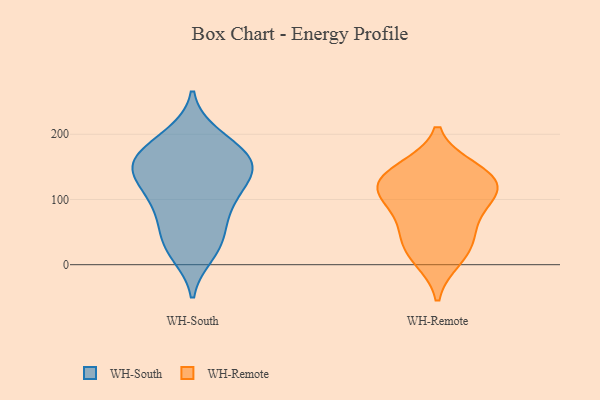
{"axis": {"x": "Website Visitors", "y": "Value"}, "legend": ["WH-Remote", "WH-South"], "data": [{"x": "", "y": 16, "type": "WH-South"}, {"x": "", "y": 44, "type": "WH-South"}, {"x": "", "y": 136, "type": "WH-South"}, {"x": "", "y": 194, "type": "WH-South"}, {"x": "", "y": 160, "type": "WH-South"}, {"x": "", "y": 130, "type": "WH-South"}, {"x": "", "y": 147, "type": "WH-South"}, {"x": "", "y": 156, "type": "WH-South"}, {"x": "", "y": 199, "type": "WH-South"}, {"x": "", "y": 96, "type": "WH-South"}, {"x": "", "y": 116, "type": "WH-South"}, {"x": "", "y": 86, "type": "WH-South"}, {"x": "", "y": 163, "type": "WH-South"}, {"x": "", "y": 36, "type": "WH-South"}, {"x": "", "y": 65, "type": "WH-South"}, {"x": "", "y": 21, "type": "WH-South"}, {"x": "", "y": 153, "type": "WH-South"}, {"x": "", "y": 98, "type": "WH-South"}, {"x": "", "y": 153, "type": "WH-South"}, {"x": "", "y": 181, "type": "WH-South"}, {"x": "", "y": 26, "type": "WH-Remote"}, {"x": "", "y": 132, "type": "WH-Remote"}, {"x": "", "y": 71, "type": "WH-Remote"}, {"x": "", "y": 46, "type": "WH-Remote"}, {"x": "", "y": 10, "type": "WH-Remote"}, {"x": "", "y": 105, "type": "WH-Remote"}, {"x": "", "y": 146, "type": "WH-Remote"}, {"x": "", "y": 117, "type": "WH-Remote"}, {"x": "", "y": 137, "type": "WH-Remote"}, {"x": "", "y": 107, "type": "WH-Remote"}]}